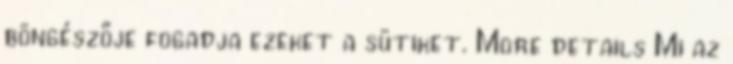
böngészője fogadja ezeket a sütiket. More details Mi az